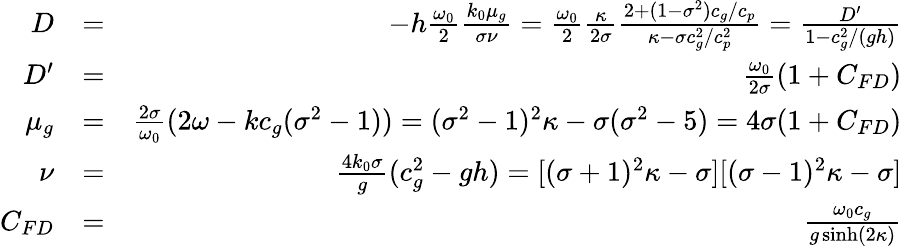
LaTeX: \begin{array}{rlr}{D}&{=}&{-h\frac{\omega_{0}}{2}\frac{k_{0}\mu_{g}}{\sigma\nu}=\frac{\omega_{0}}{2}\frac{\kappa}{2\sigma}\frac{2+(1-\sigma^{2})c_{g}/c_{p}}{\kappa-\sigma c_{g}^{2}/c_{p}^{2}}=\frac{D^{\prime}}{1-c_{g}^{2}/(gh)}}\\ {D^{\prime}}&{=}&{\frac{\omega_{0}}{2\sigma}(1+C_{FD})}\\ {\mu_{g}}&{=}&{\frac{2\sigma}{\omega_{0}}(2\omega-kc_{g}(\sigma^{2}-1))=(\sigma^{2}-1)^{2}\kappa-\sigma(\sigma^{2}-5)=4\sigma(1+C_{FD})}\\ {\nu}&{=}&{\frac{4k_{0}\sigma}{g}(c_{g}^{2}-gh)=[(\sigma+1)^{2}\kappa-\sigma][(\sigma-1)^{2}\kappa-\sigma]}\\ {C_{FD}}&{=}&{\frac{\omega_{0}c_{g}}{g\sinh(2\kappa)}}\end{array}